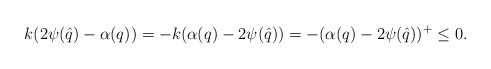
\begin{align*}k(2\psi(\hat{q})-\alpha(q))=-k(\alpha(q)-2\psi(\hat{q}))=-(\alpha(q)-2\psi(\hat{q}))^+\le 0.\end{align*}